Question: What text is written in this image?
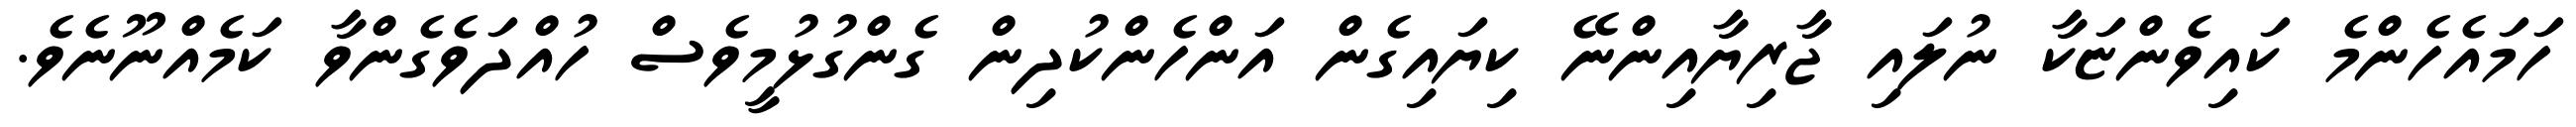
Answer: ހަމައެހެންމެ ކައިވެންޏަކާ ނުލައި ޖާރިޔާއިންނޭ ކިޔައިގެން އަންހެންކުދިން ގެންގުޅުމީވެސް ހުއްދަވެގެންވާ ކަމެއްނޫނެވެ.